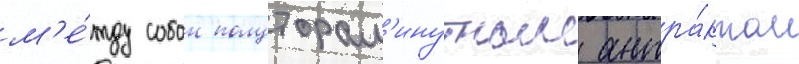
м'е́жду собои полуторам'инутным антра́ктом